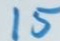
15